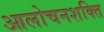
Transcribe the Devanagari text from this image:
आलोचनशक्ति